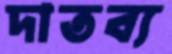
দাতব্য